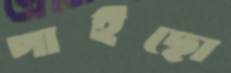
পাইছো